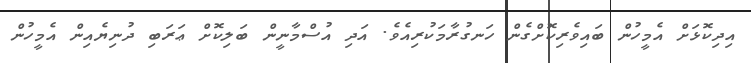
އިދިކޮޅަށް އެމީހުން ބައިވެރިކޮށްގެން ހަނގުރާމަކުރިއެވެ. އަދި އުސްމާނީން ބަލިކޮށް ޢަރަބި ދުނިޔެއިން އެމީހުން